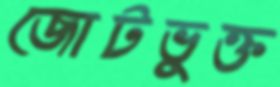
জোটভুক্ত